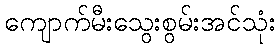
ကျောက်မီးသွေးစွမ်းအင်သုံး